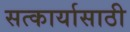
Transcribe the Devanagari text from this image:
सत्कार्यासाठी